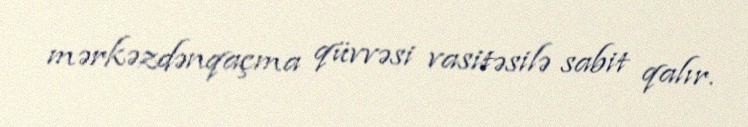
mərkəzdənqaçma qüvvəsi vasitəsilə sabit qalır.